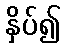
နှိပ်၍